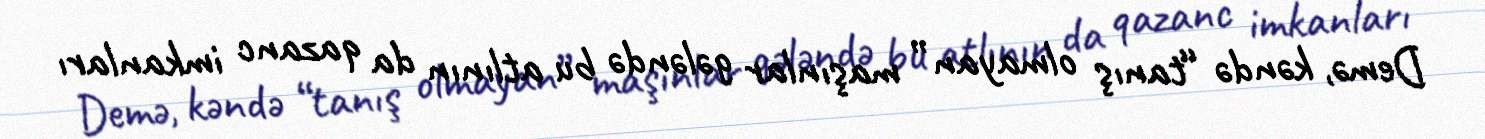
Demə, kəndə “tanış olmayan” maşınlar gələndə bu atlının da qazanc imkanları